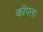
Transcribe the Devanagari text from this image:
कॉपता